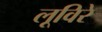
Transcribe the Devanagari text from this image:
लूविरे